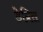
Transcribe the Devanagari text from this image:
डेब्रिस